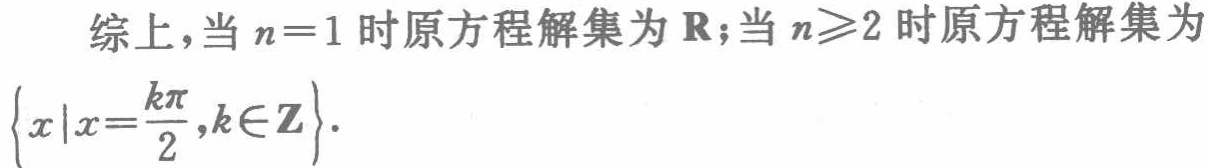
综上，当 \(n = 1\) 时原方程解集为 \(\mathbf{R}\);当 \(n\geqslant2\) 时原方程解集为 \(\left\{x\left|x = \frac{k\pi}{2},k\in\mathbf{Z}\right.\right\}\).